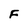
Character: F